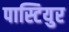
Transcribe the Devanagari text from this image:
पास्टियुर